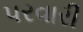
પરવારી